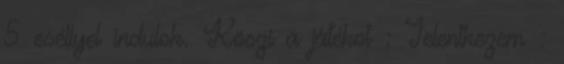
5 eséllyel indulok. Köszi a játékot : Jelentkezem :